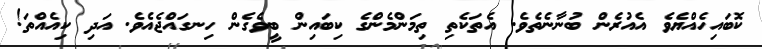
ކޮބައިހެއްޔެވެ އެއުރެން ބުނާނެތެވެ. އެތަކެތި ތިމަންމެންގެ ކިބައިން ބީވެގެން ހިނގައްޖެއެވެ. އަދި ކިއެއްތަ!